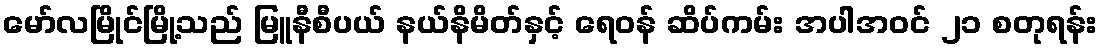
မော်လမြိုင်မြို့သည် မြူနီစီပယ် နယ်နိမိတ်နှင့် ရေဝန် ဆိပ်ကမ်း အပါအဝင် ၂၁ စတုရန်း